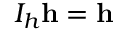
I _ { h } \mathbf { h } = \mathbf { h }